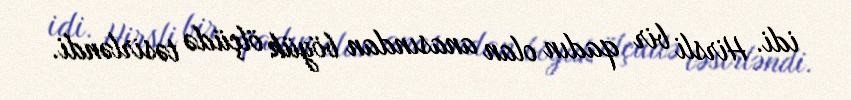
idi. Hirsli bir qadın olan anasından böyük ölçüdə təsirləndi.